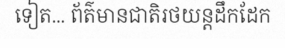
ទៀត... ព័ត៌មានជាតិរថយន្តដឹកដែក